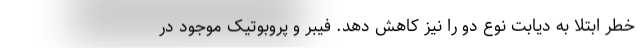
خطر ابتلا به دیابت نوع دو را نیز کاهش دهد. فیبر و پروبوتیک موجود در